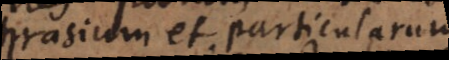
phrasium et particularum